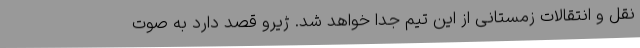
نقل و انتقالات زمستانی از این تیم جدا خواهد شد. ژیرو قصد دارد به صوت